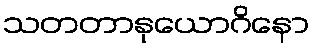
သတတာနုယောဂိနော